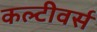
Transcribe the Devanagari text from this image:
कल्टीवर्स